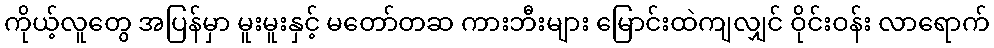
ကိုယ့်လူတွေ အပြန်မှာ မူးမူးနှင့် မတော်တဆ ကားဘီးများ မြောင်းထဲကျလျှင် ဝိုင်းဝန်း လာရောက်